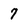
Character: 7